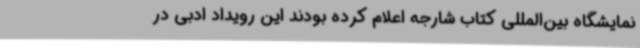
نمایشگاه بین‌المللی کتاب شارجه اعلام کرده بودند این رویداد ادبی در